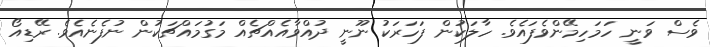
ވެސް ވަނީ ހަމަހިމޭންވެފައެވެ. ހާލަކުން ފަހަރަކު ނޫނީ ދުއްވާއެއްޗެއް މަގުމައްޗަކުން ނުފެނެއެވެ. ރޭޑިއޯ